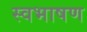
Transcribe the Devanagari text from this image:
स्वभाषण